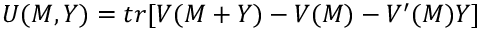
U ( M , Y ) = t r [ { \cal V } ( M + Y ) - { \cal V } ( M ) - { \cal V } ^ { \prime } ( M ) Y ]